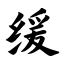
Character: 缓